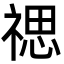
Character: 禗